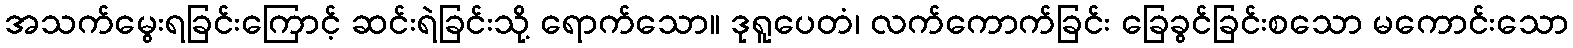
အသက်မွေးရခြင်းကြောင့် ဆင်းရဲခြင်းသို့ ရောက်သော။ ဒုရူပေတံ၊ လက်ကောက်ခြင်း ခြေခွင်ခြင်းစသော မကောင်းသော